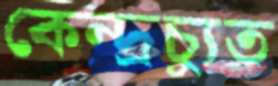
কেন্দ্রচ্যুত